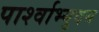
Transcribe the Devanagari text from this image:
पार्श्वाभ्युदय